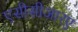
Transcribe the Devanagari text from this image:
एसीसीआरए